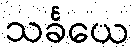
သင်္ခယေ